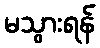
မသွားရန်